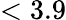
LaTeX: <3.9